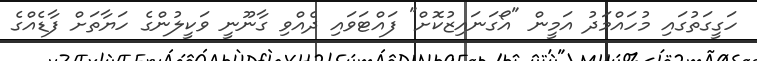
ހަގީގަތުގައި މުހައްމަދު އަމީން "އޯގަނައިޒުކޮށް" ފައްޓަވައި ދެއްވި ގާނޫނީ ވަކީލުންގެ ހަޔާތަށް ފާޑެއްގެ